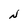
Character: N